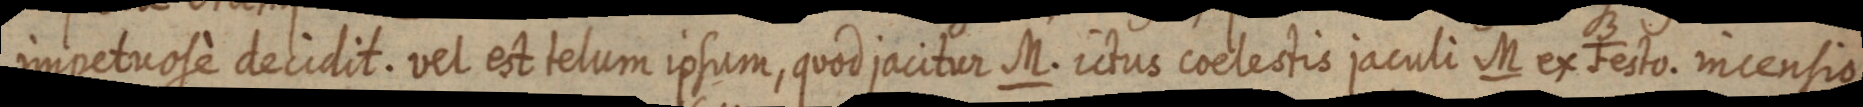
impetuose decidit. vel est telum ipsum, quod jacitur M. ictus coelestis jaculi M ex Festo. incensio